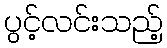
ပွင့်လင်းသည့်